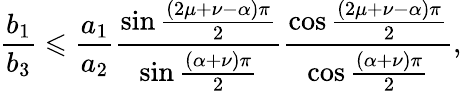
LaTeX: \frac{b_{1}}{b_{3}}\leqslant\frac{a_{1}}{a_{2}}\frac{\sin\frac{\left(2\mu+\nu-\alpha\right)\pi}{2}}{\sin\frac{\left(\alpha+\nu\right)\pi}{2}}\frac{\cos\frac{\left(2\mu+\nu-\alpha\right)\pi}{2}}{\cos\frac{\left(\alpha+\nu\right)\pi}{2}},